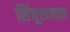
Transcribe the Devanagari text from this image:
सिंधूराजाचा